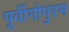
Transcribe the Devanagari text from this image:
पूर्वीगोपुरम